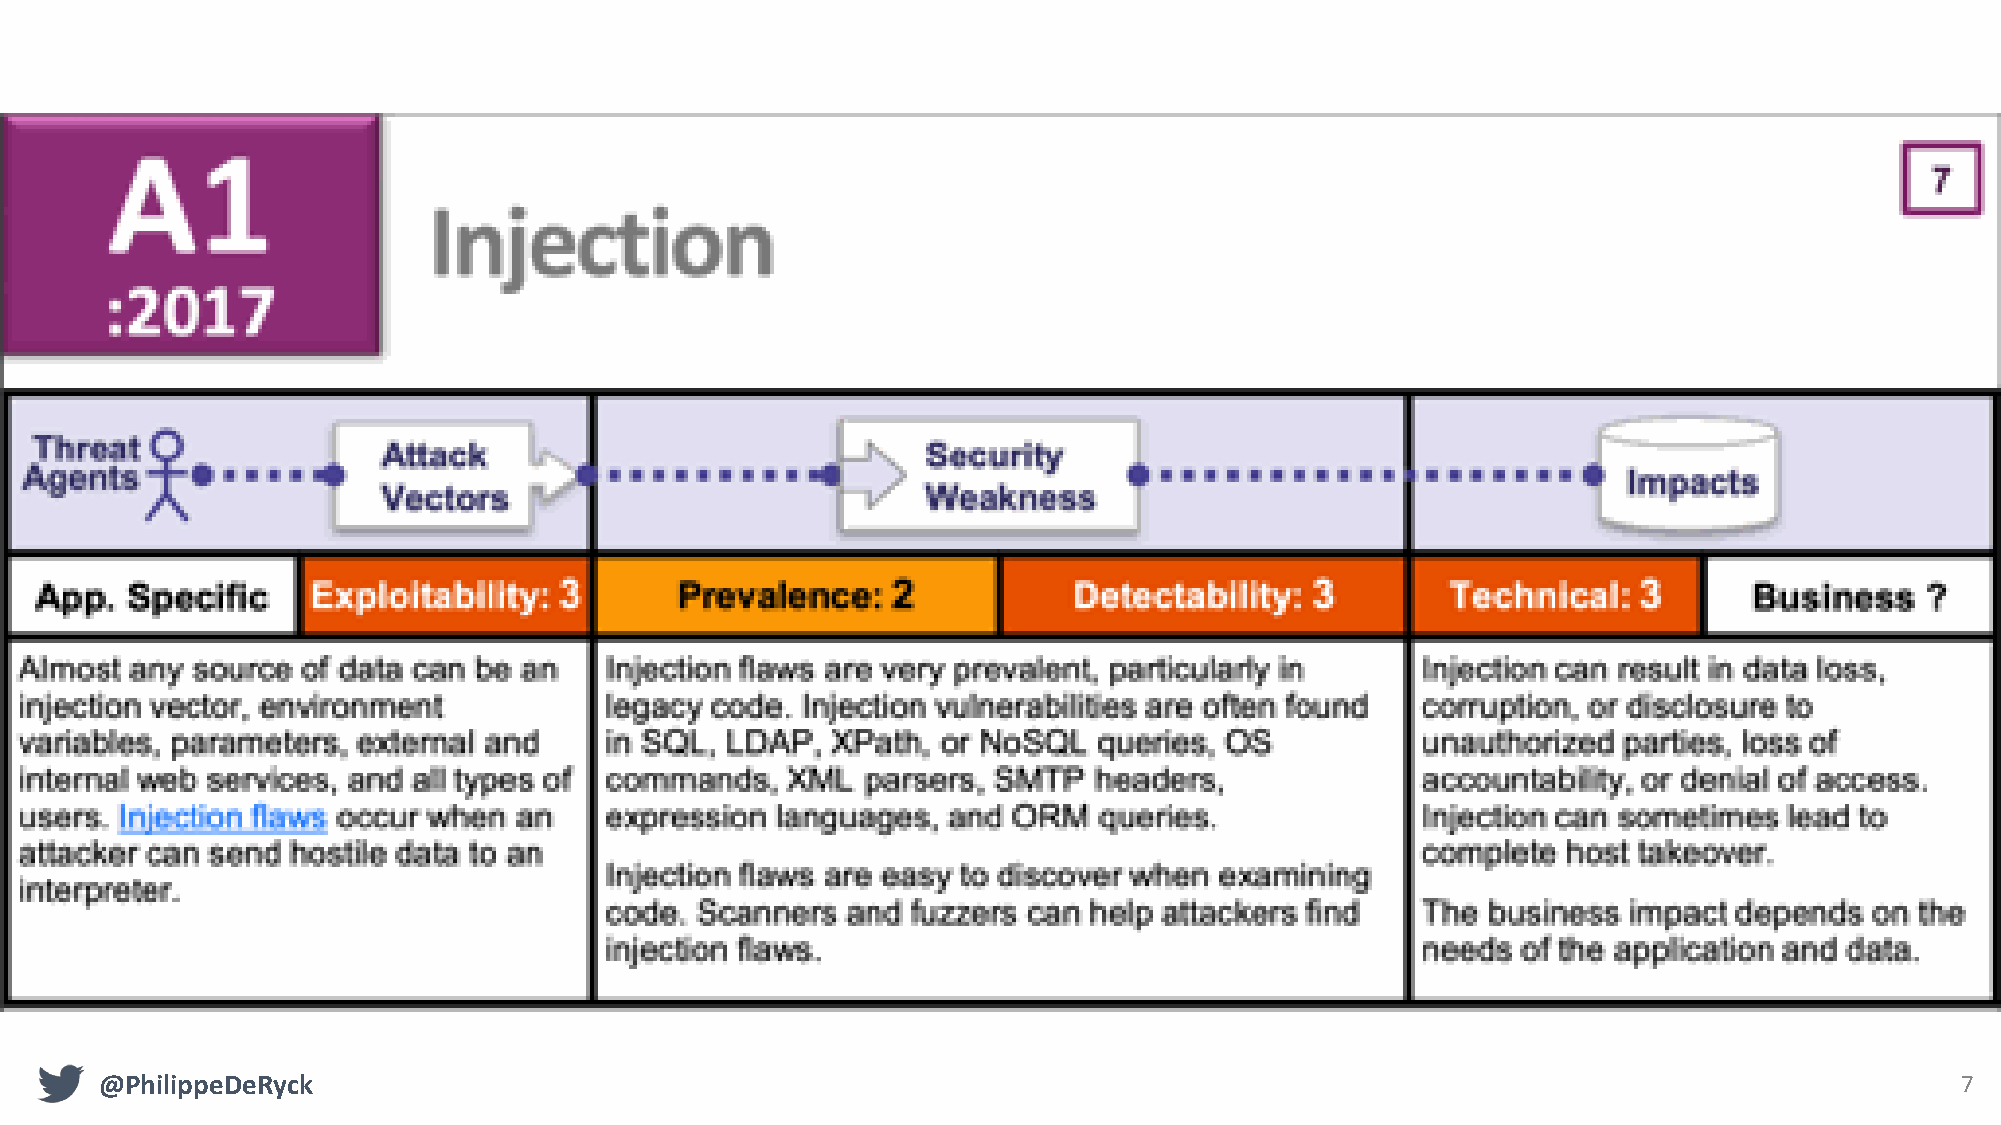
@PhilippeDeRyck                                                                                                            7